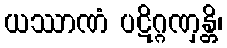
ယဿာဏံ ပဋိဂ္ဂဏှန္တိ၊